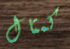
كمثال